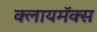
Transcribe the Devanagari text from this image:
क्लायमॅक्स